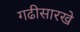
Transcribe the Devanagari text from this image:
गढीसारखे